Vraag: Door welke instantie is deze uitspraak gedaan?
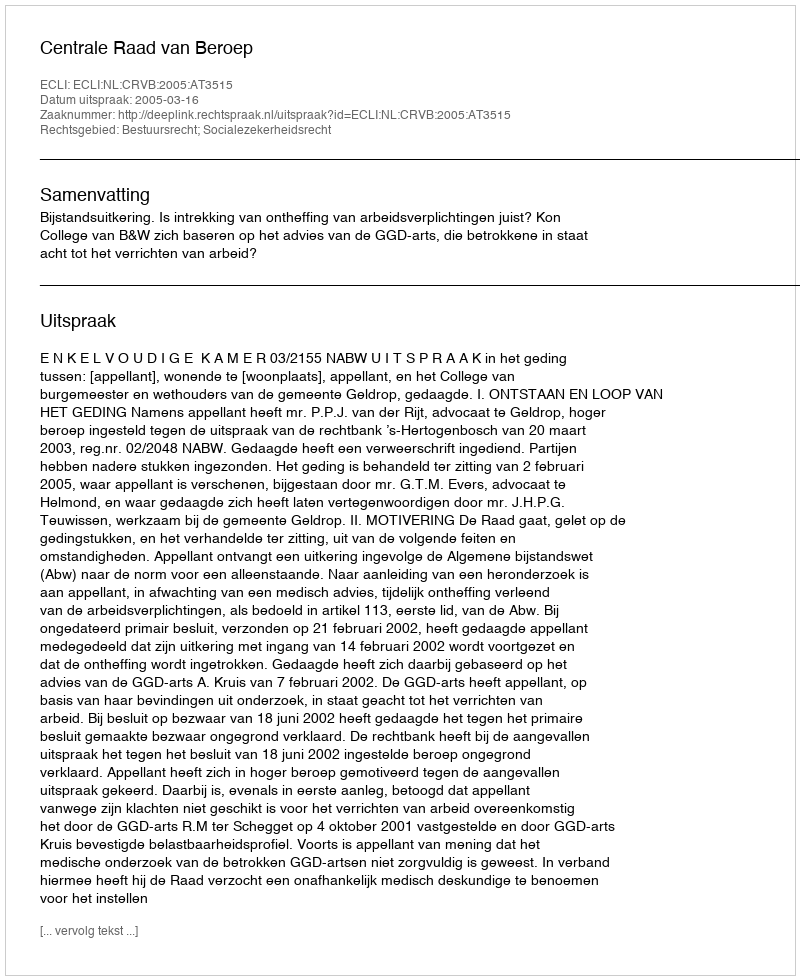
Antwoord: Centrale Raad van Beroep